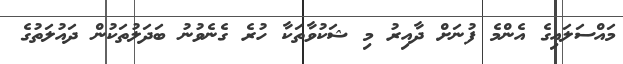
މައްސަލައިގެ އެންމެ ފުނަށް ދާއިރު މި ޝަކުވާތަކާ ހުރެ ގެނެވުނު ބަދަލުތަކުން ދައުލަތުގެ